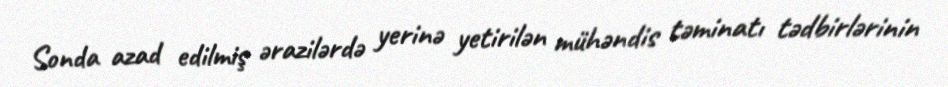
Sonda azad edilmiş ərazilərdə yerinə yetirilən mühəndis təminatı tədbirlərinin